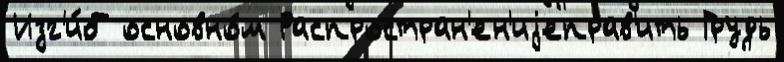
Изг'и́б основно́м Распростран'ен'иjеправ'ить Грудь